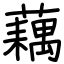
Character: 藕